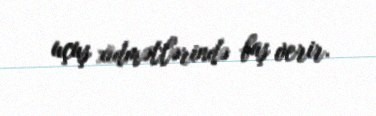
uçuş xidmətlərində baş verir.